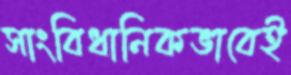
সাংবিধানিকভাবেই